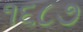
૧૬૮૭